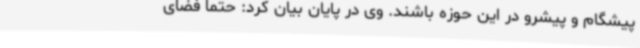
پیشگام و پیشرو در این حوزه باشند. وی در پایان بیان کرد: حتما فضای